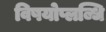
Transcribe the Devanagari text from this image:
विषयोप्लब्धि